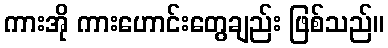
ကားအို ကားဟောင်းတွေချည်း ဖြစ်သည်။